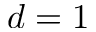
d = 1